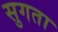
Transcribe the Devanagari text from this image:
सुगता